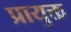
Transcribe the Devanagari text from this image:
प्रायुक्त